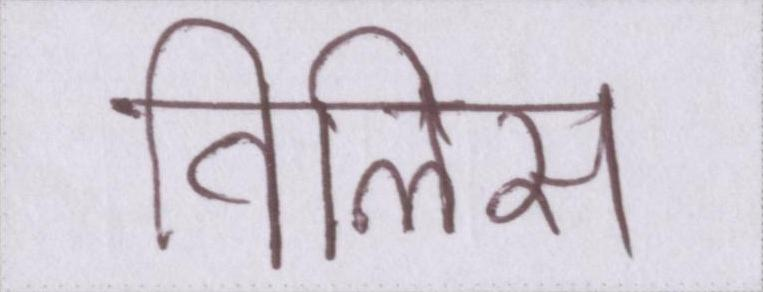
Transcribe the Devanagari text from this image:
विलिस